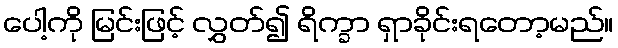
ပေါ့ကို မြင်းဖြင့် လွှတ်၍ ရိက္ခာ ရှာခိုင်းရတော့မည်။